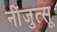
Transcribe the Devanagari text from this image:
नींजुत्सू